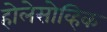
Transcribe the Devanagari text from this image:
होलेसोव्हिक